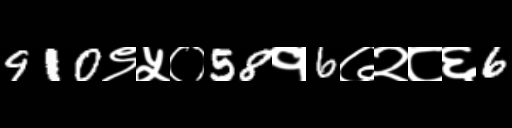
Text: 910९५०58१6७२८६6